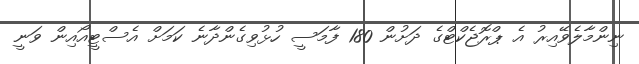
ނިންމާލެވޭއިރު އެ ޕްރޮޖެކްޓްގެ ދަށުން 180 ފާމަސީ ހުޅުވިގެންދާނެ ކަމަށް އެސްޓީއޯއިން ވަނީ